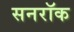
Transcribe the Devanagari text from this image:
सनरॉक